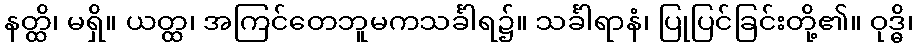
နတ္ထိ၊ မရှိ။ ယတ္ထ၊ အကြင်တေဘူမကသင်္ခါရ၌။ သင်္ခါရာနံ၊ ပြုပြင်ခြင်းတို့၏။ ဝုဒ္ဓိ၊